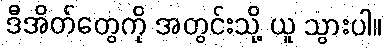
ဒီအိတ်တွေကို အတွင်းသို့ ယူ သွားပါ။